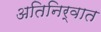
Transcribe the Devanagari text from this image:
अतिनिर्वात